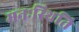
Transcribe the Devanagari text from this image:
मनःस्‍थिति